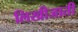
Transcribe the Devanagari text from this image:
लिखीजाती